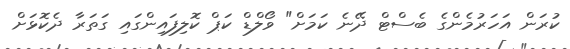
ކުރަން އަހަރުމެންގެ ބެސްޓް ދޭނެ ކަމަށް" ވޯލްޑް ކަޕް ކޮލިފައިންގައި ގަތަރާ ދެކޮޅަށް